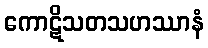
ကောဋိသတသဟဿာနံ